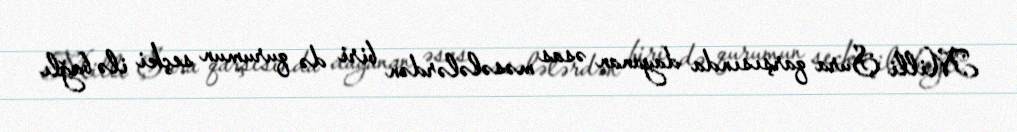
Milli Şura qarşısında dayanan əsas məsələlərdən biri də qurumun seçki ilə bağlı